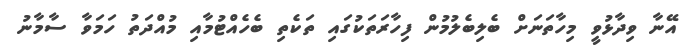
އޭނާ ވިދާޅުވީ މިހާތަނަށް ބެލިބެލުމުން ފިހާރަތަކުގައި ތަކެތި ބެހެއްޓުމާއި މުއްދަތު ހަމަވާ ސާމާނު